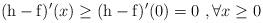
LaTeX: \begin{align*}(\mathrm{h}- \mathrm{f})'(x)\geq (\mathrm{h}- \mathrm{f})'(0)= 0 \ , \forall x\geq 0 \end{align*}